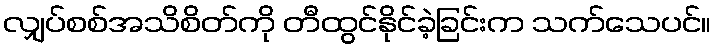
လျှပ်စစ်အသိစိတ်ကို တီထွင်နိုင်ခဲ့ခြင်းက သက်သေပင်။